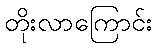
တိုးလာကြောင်း